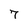
Character: 7